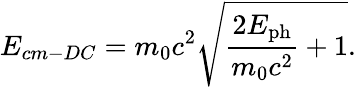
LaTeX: E_{cm-DC}=m_{0}c^{2}\sqrt{\frac{2E_{\mathrm{ph}}}{m_{0}c^{2}}+1}.